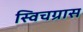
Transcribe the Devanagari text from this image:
स्विचग्रास